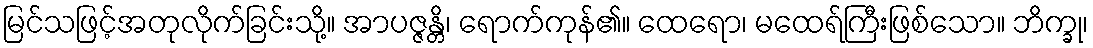
မြင်သဖြင့်အတုလိုက်ခြင်းသို့။ အာပဇ္ဇန္တိ၊ ရောက်ကုန်၏။ ထေရော၊ မထေရ်ကြီးဖြစ်သော။ ဘိက္ခု၊